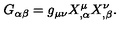
G _ { \alpha \beta } = g _ { \mu \nu } X _ { , \alpha } ^ { \mu } X _ { , \beta } ^ { \nu } .